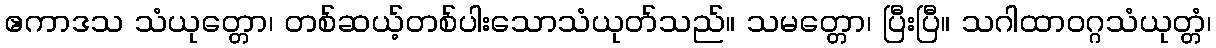
ဧကာဒသ သံယုတ္တော၊ တစ်ဆယ့်တစ်ပါးသောသံယုတ်သည်။ သမတ္တော၊ ပြီးပြီ။ သဂါထာဝဂ္ဂသံယုတ္တံ၊